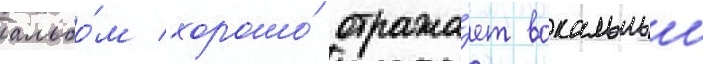
альбо́м хорошо́ отража́ет вокальныи